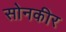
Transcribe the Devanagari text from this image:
सोनकीर